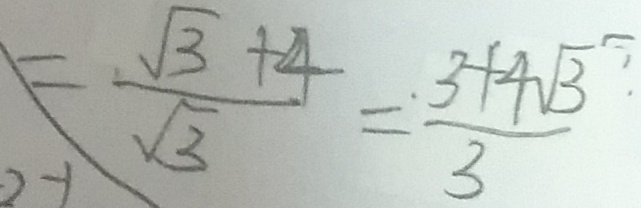
= \frac { \sqrt { 3 } + 4 } { \sqrt { 3 } } = \frac { 3 + 4 \sqrt { 3 } } { 3 }